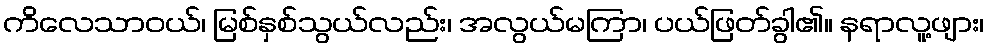
ကိလေသာဝယ်၊ မြစ်နှစ်သွယ်လည်း၊ အလွယ်မကြာ၊ ပယ်ဖြတ်ခွါ၏၊၊ နရာလူ့ဖျား၊